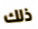
ذلك